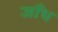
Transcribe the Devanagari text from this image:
जाँध